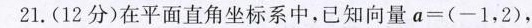
21.(12分)在平面直角坐标系中，已知向量$$a = ( - 1 ， 2 )$$，